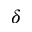
\delta